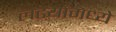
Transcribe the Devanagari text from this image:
लढयांमध्ये